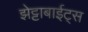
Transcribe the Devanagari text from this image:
झेट्टाबाईट्स